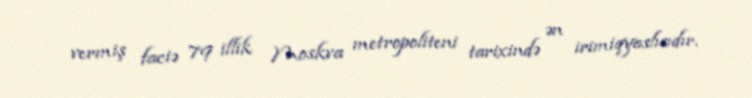
vermiş faciə 79 illik Moskva metropoliteni tarixində ən irimiqyaslısıdır.